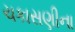
ચકાસણીના